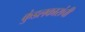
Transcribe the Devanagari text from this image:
कुंडलकारांची